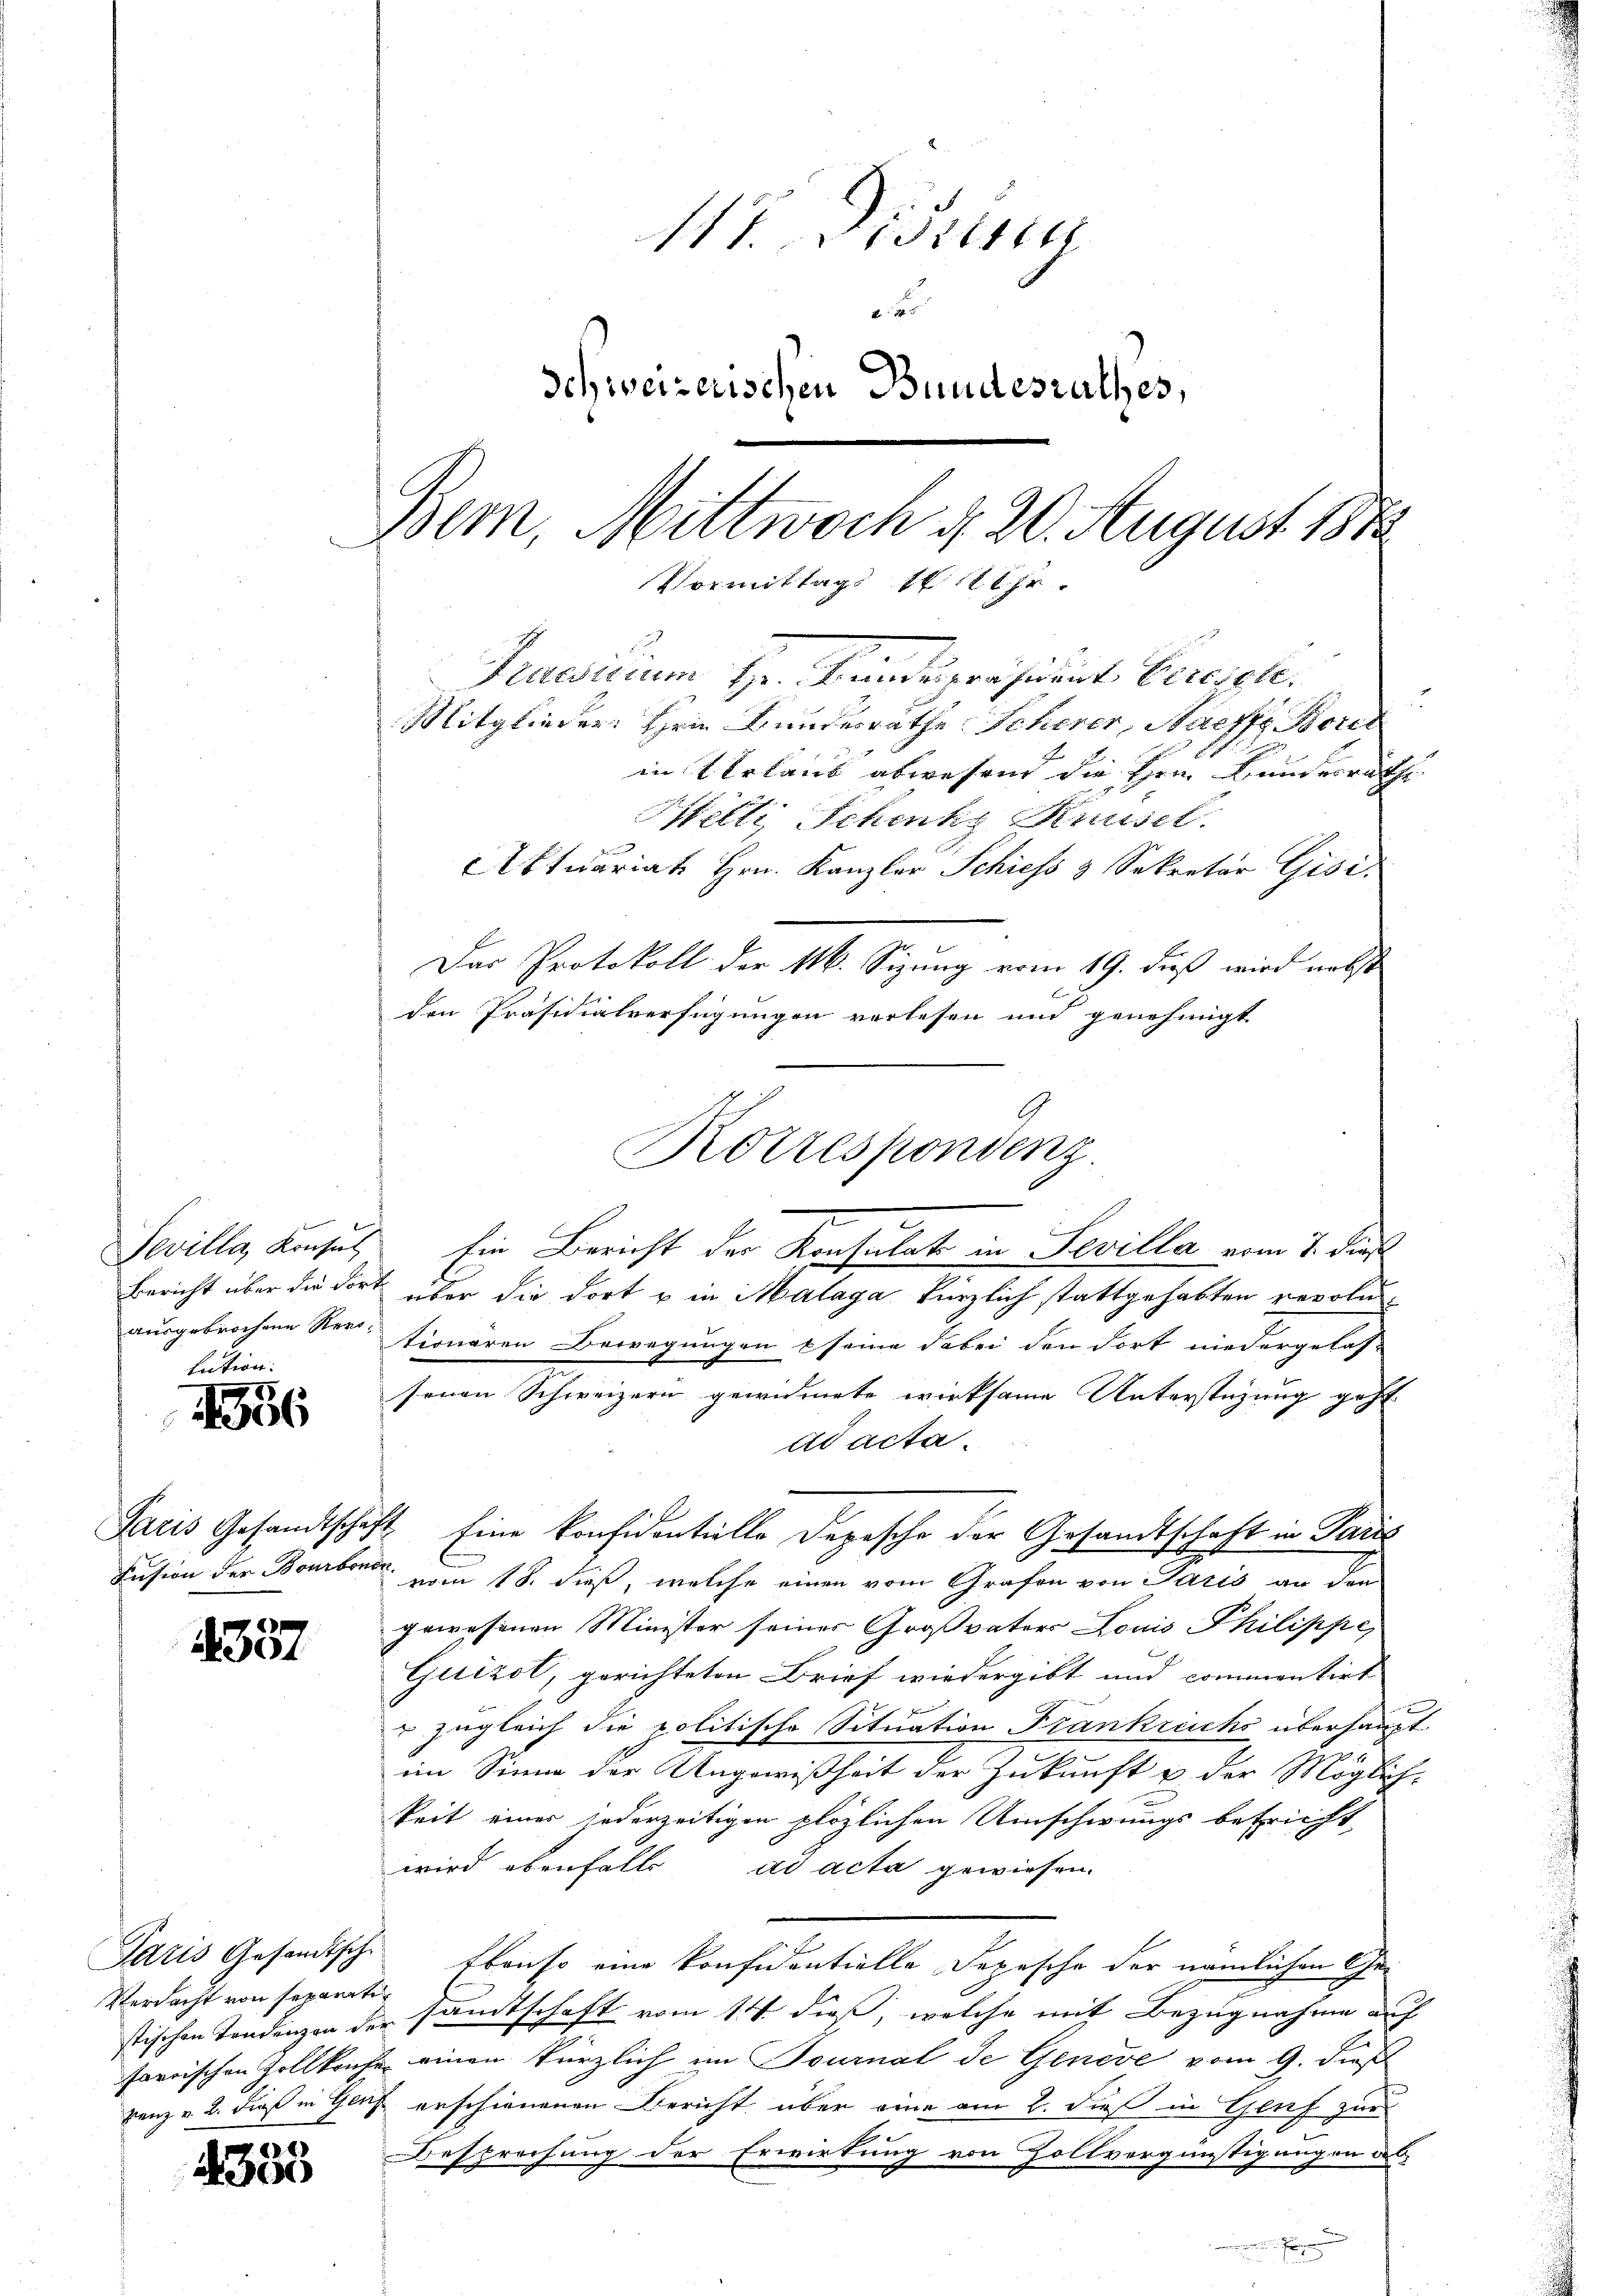
Sevilla, Konsul

529
1306

357

Verdacht von separati
stischen Tendenzen der

2335

117. Mitten
2
Schweizerischen Bundesrathes,
Bem, Mittwoch d. 20. August 188
Vormittags 1 11 Uhr.
Praedicium Hr. Fundespräsident. Cereigle.
Mitglieder: Herin Bundesrathe Scherer, Saeffe Borel
in Urlaus abwesend die Hrn. Bunderrathe

Milti Schenk Knüsel.
Aktuariat Hrn. Kanzler Schiess 3 Sekretär Gisi
Das Protokoll der M. Sizung vom 19. dieß wird nebst
den Präsidialverfügungen verlesen und genehmigt
Bericht über die dort über die dort u in Malaga kürzlich stattgehabten revolu
ausgebrochene Vertionären Bewegungen & seine dabei den Fort niedergelas-
senen Schweizern gewidmete wirksame Unterstüzung geht
ad acta.
Paris Gesandtschaft Eine konfidentielle Depesche der Gesandtschaft in Paris
Fusion der Bonbonne vom 18. dieß, welche einen vom Grafen von Paris an den
gewesenen Minister seiner Großvaters Louis Philippe
Guizol, gerichteten Brief wiedergibt und commentirt
r zugleich die politische Situation Frankreichs überhaupt
im Sinne der Ungewißheit der Zukunft u der Möglich-
keit einer jederzeitigen plözlichen Umschwungs betrieft,
wird ebenfalls ad acta gewiesen.
Saris Gesandtsche Ebenso eine konfidentielle Depesche der nämlichen Gesandtschaft vom 14. dieß, welche mit Bezugnahme auf
farrischen Zollkaufe einen kürzlich im Tournal de Genève vom 9. dieß
renz u. 2. dieß in Genf erschienenen Bericht über eine am 2. dieß in Genf zur
Besprechung der Erwirkung von Zollvergünstigungen des
.

Korrespondenz
Ein Bericht der Konsulat in Sevilla vom 7. di